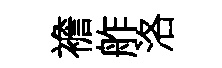
襜舴洛